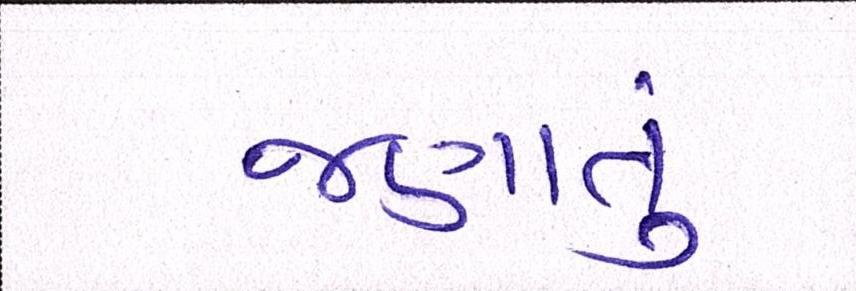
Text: જણાતું